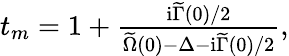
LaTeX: \begin{array}{r}{t_{m}=1+\frac{\mathrm{i}\widetilde\Gamma(0)/2}{\widetilde\Omega(0)-\Delta-\mathrm{i}\widetilde\Gamma(0)/2},}\end{array}